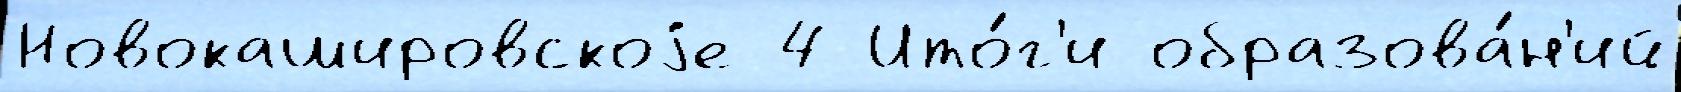
Новокашировскоjе 4 Ито́г'и образова́н'ий